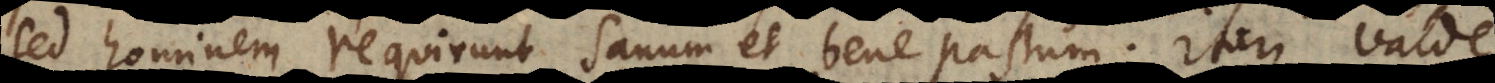
sed hominem requirunt sanum et bene pastum. Itaque valde